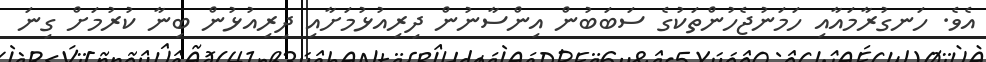
އެވެ. ހަނގުރާމައާއި ހަމަނުޖެހުންތަކުގެ ސަބަބުން އިންސާނުން ދިރިއުޅުމަށާއި ދިރިއުޅުން ބިނާ ކުރުމަށް ގިނަ